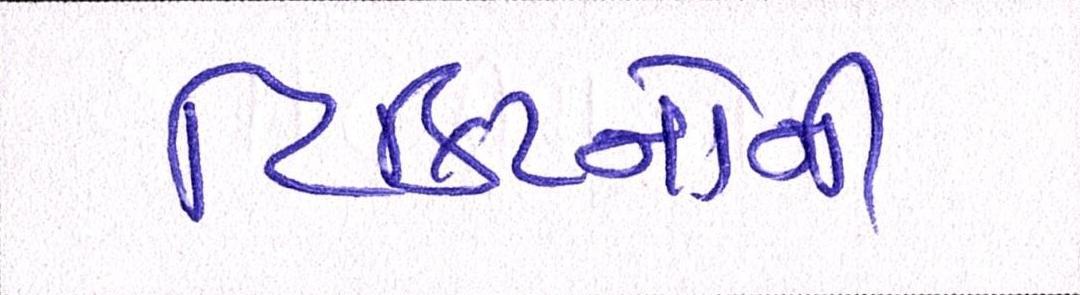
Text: ટિકિટનોની